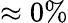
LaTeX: \approx 0\%